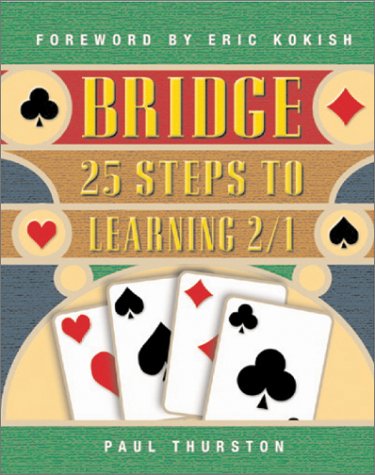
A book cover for Bridge: 25 Steps to learning 2/1; Paul Thurston; Humor & Entertainment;